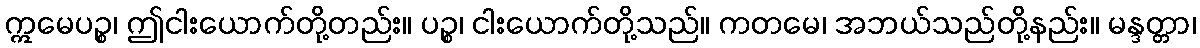
ဣမေပဉ္စ၊ ဤငါးယောက်တို့တည်း။ ပဉ္စ၊ ငါးယောက်တို့သည်။ ကတမေ၊ အဘယ်သည်တို့နည်း။ မန္ဒတ္တာ၊